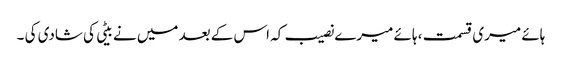
ہائے میری قسمت ، ہائے میرے نصیب کہ اس کے بعد میں نے بیٹی کی شادی کی ۔